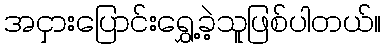
အငှားပြောင်းရွှေ့ခဲ့သူဖြစ်ပါတယ်။